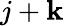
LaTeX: j+\mathbf{k}